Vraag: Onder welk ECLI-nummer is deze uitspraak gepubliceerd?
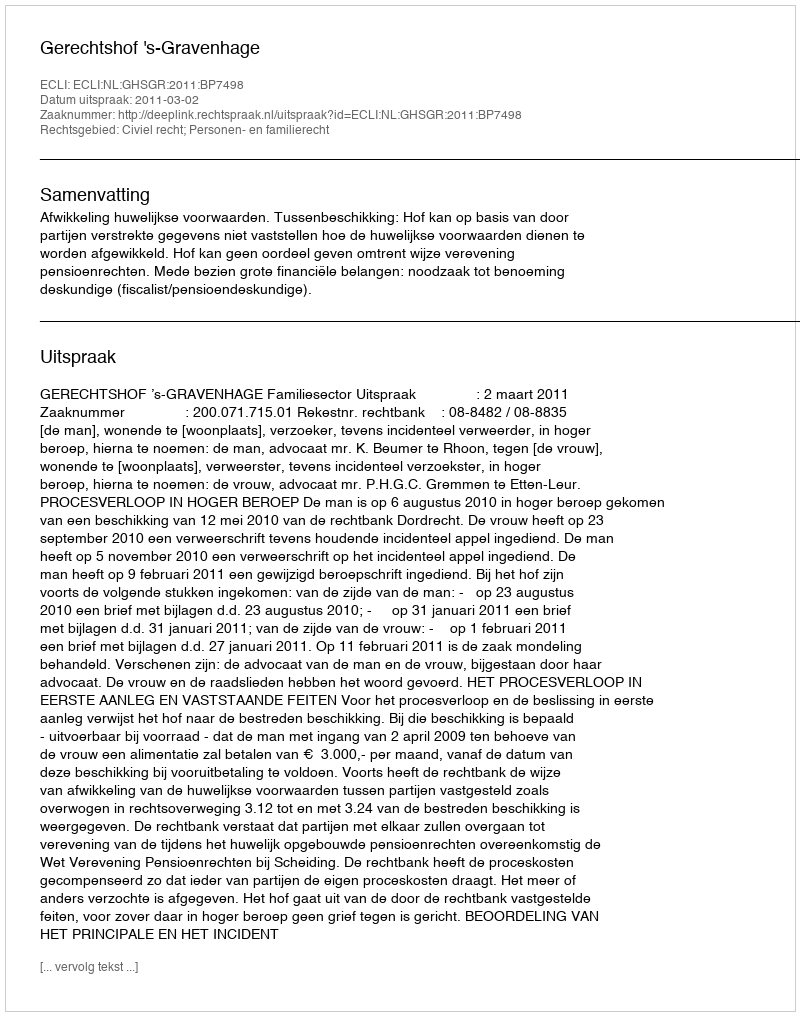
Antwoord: ECLI:NL:GHSGR:2011:BP7498